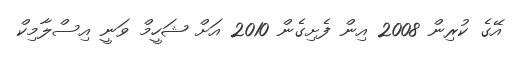
އޭގެ ކުރިން 2008 އިން ފެށިގެން 2010 އަށް ޝަހީމް ވަނީ އިސްލާމިކް